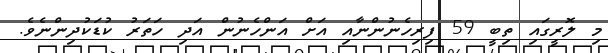
މި ލޮރީގައި ތިބީ 59 ފިރިހެނުންނާއި އަށް އަންހެނުން އަދި ހަތަރު ކުޑަކުދިންނެވެ.